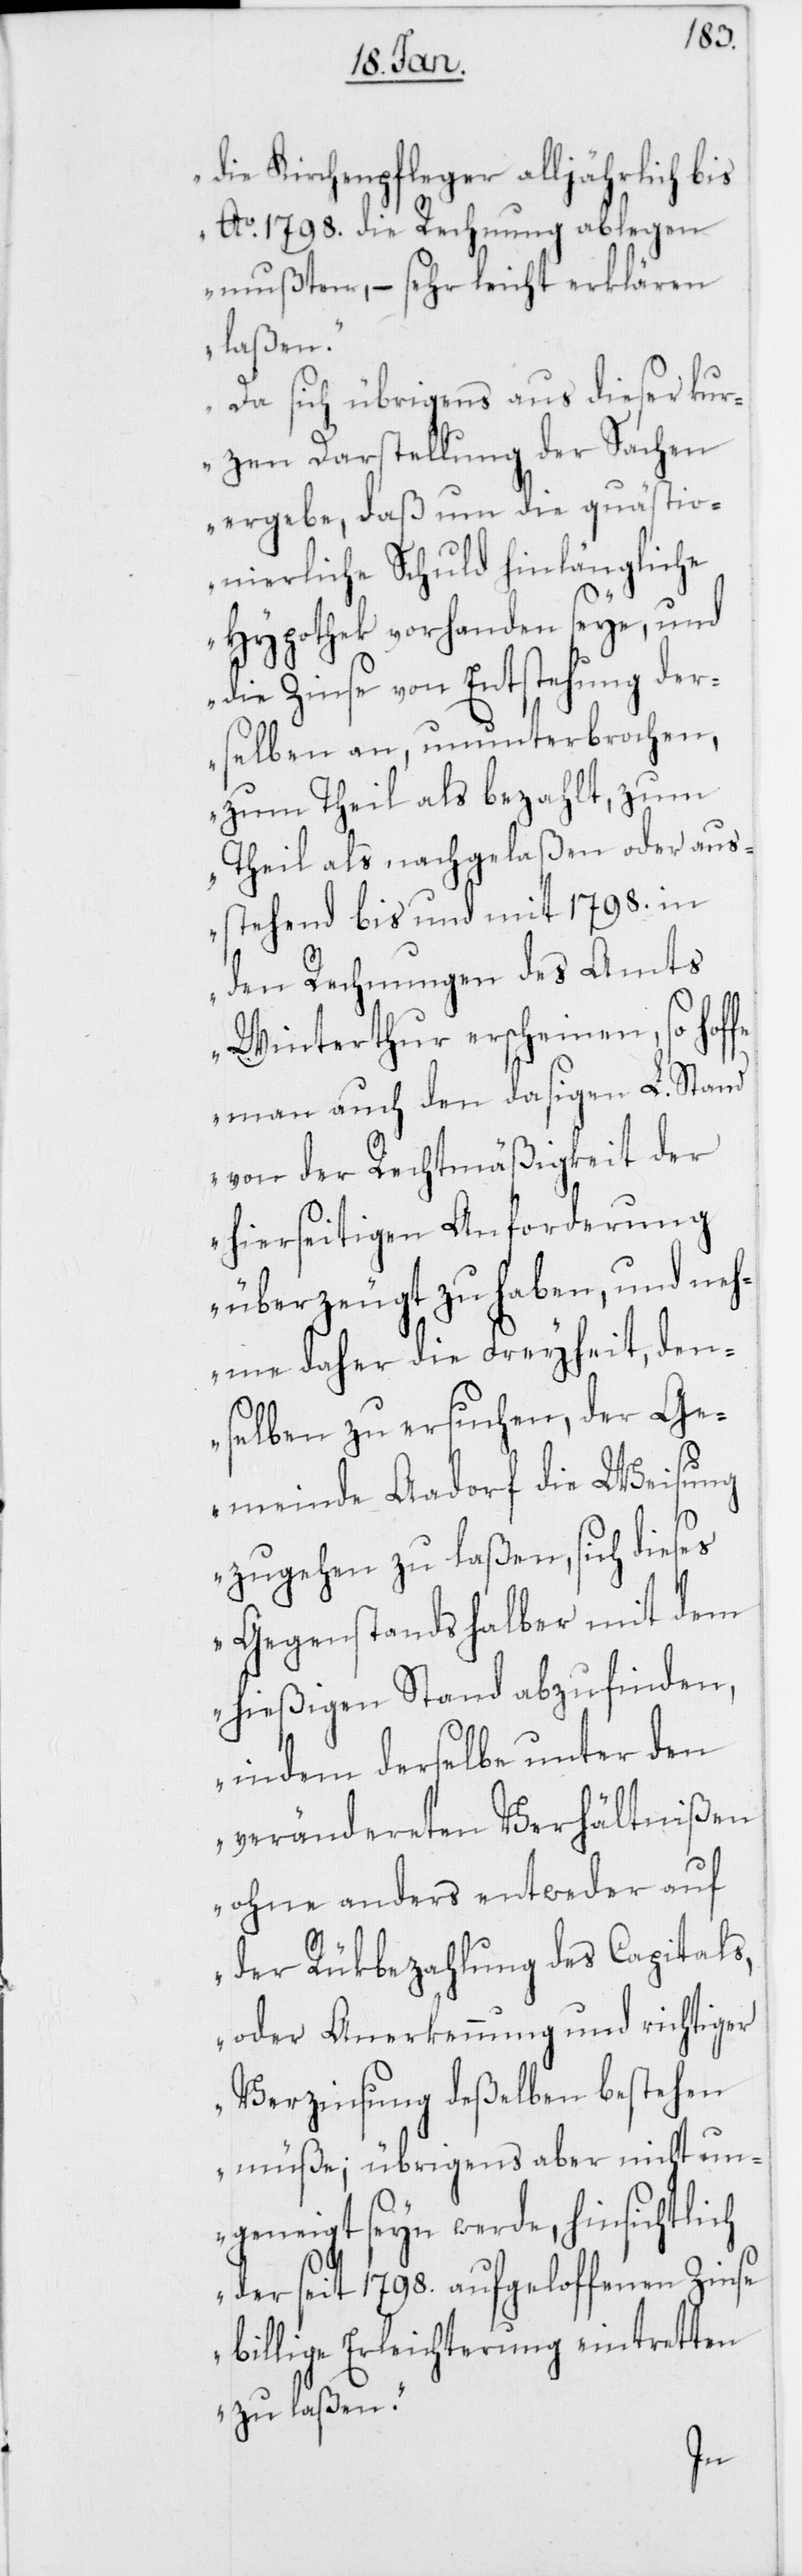
die Kirchenpfleger alljährlich bis
Ao. 1798. die Rechnung ablegen
mußten, – sehr leicht erklären
laßen.
er
Da sich übrigens aus d¬
terung
rzen Darstellung der
htlich
ergebe, daß um die q¬
nierliche Schuld hinlängliche
Hypothek vorhanden seye, und
die Zinse von Entstehung der¬
selben an, ununterbrochen,
zum Theil als bezahlt, zum
Theil als nachgelaßen oder aus¬
stehend bis und mit 1798. in
den Rechnungen des Amts
Winterthur erscheinen, so hof¬
fe man auch den dasigen L. Stand
von der Rechtmäßigkeit der
hierseitigen Anforderung
überzeugt zu haben, und neh¬
me daher die Freyheit, den¬
selben zu ersuchen, der Ge¬
meinde Aadorf die Weisung
zugehen zu laßen, sich dieses
Gegenstands halber mit dem
hießigen Stand abzufinden,
indem derselbe unter d¬
verändereten Verhäl¬
ohne anders entweder
der Rükbezahlung des
oder Anerkennung und
Verzinsung deßelben b¬
müße; übrigens ab¬
ungeneigt seyn werde, hinsic¬
der seit 1798. aufgeloff¬
b¬
illige Erleich¬
zu laßen.“